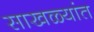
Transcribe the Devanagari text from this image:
साखळ्यांत